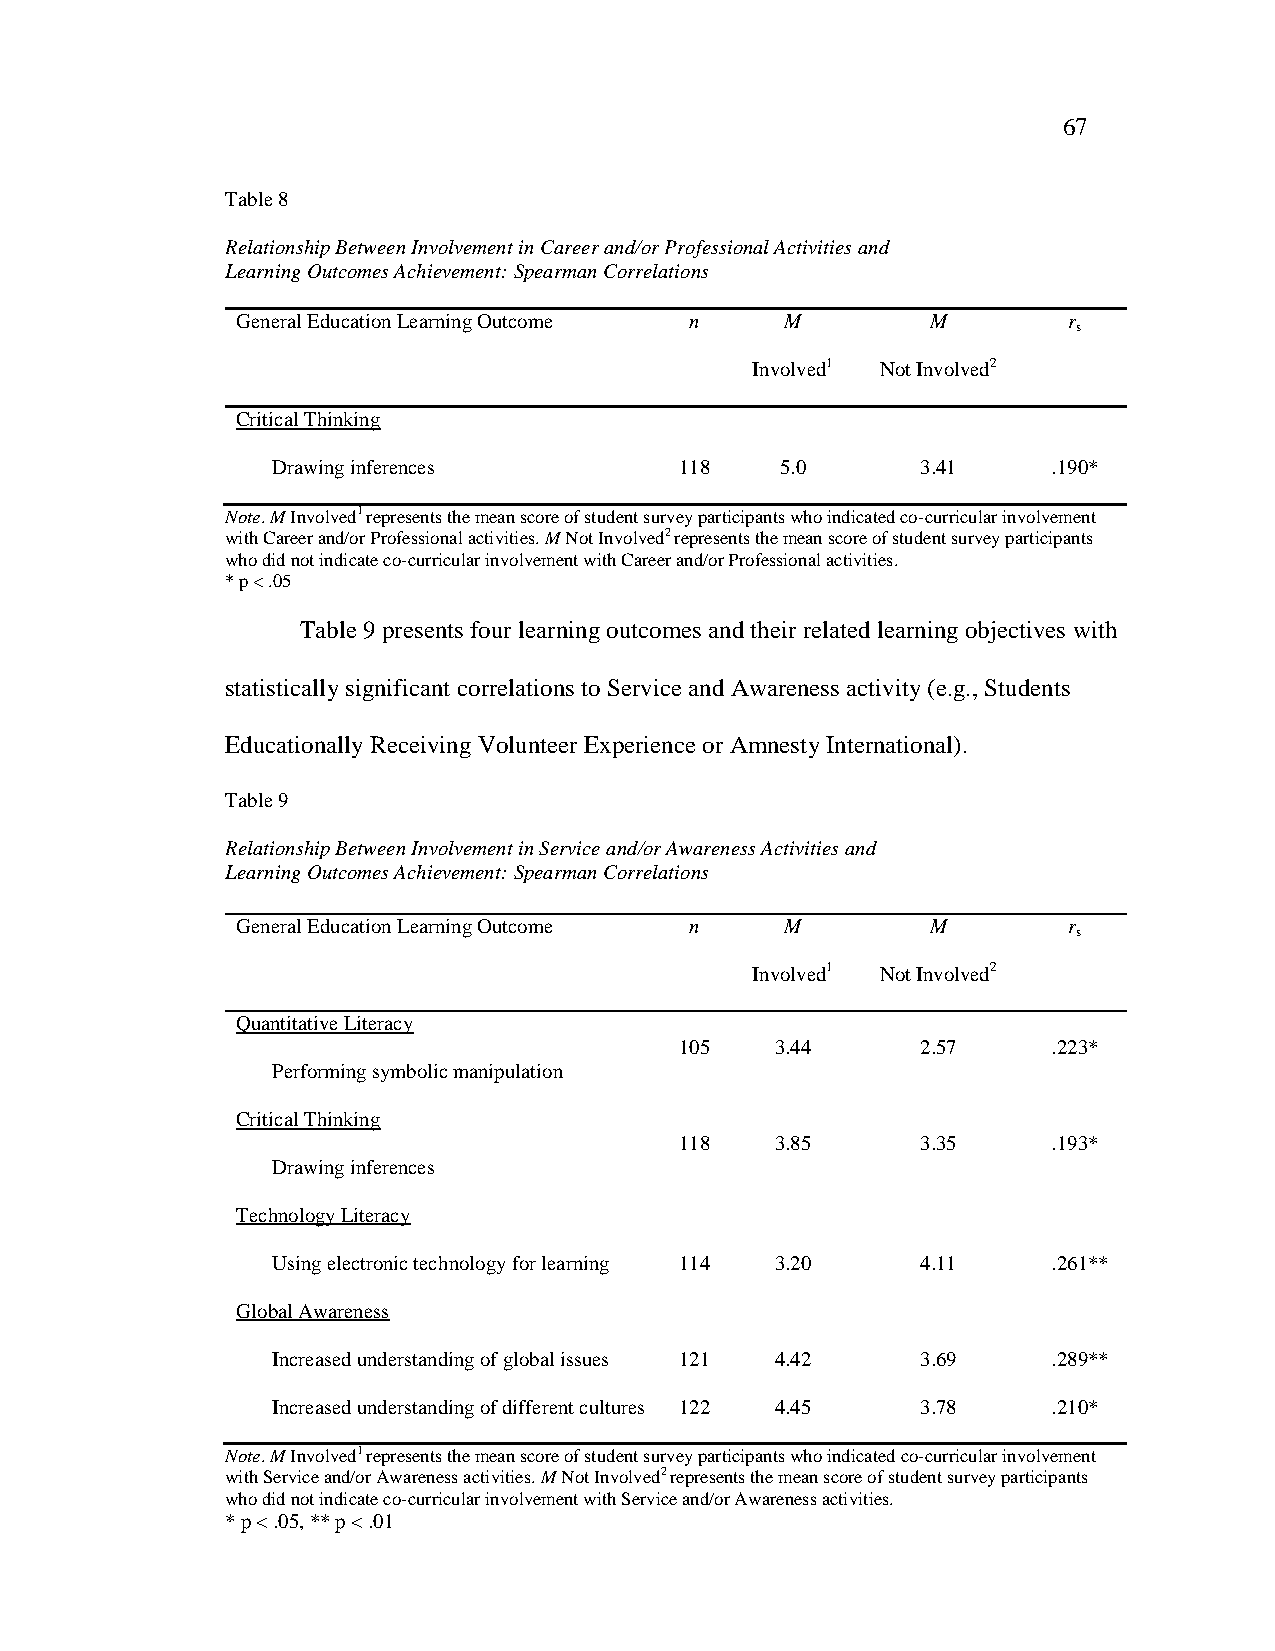
67
 Table 8
 Relationship Between Involvement in Career and/or Professional Activities and
 Learning Outcomes Achievement: Spearman Correlations
 General Education Learning Outcome n M        M        r
 s
 Involved1 Not Involved2
 Critical Thinking
 Drawing inferences         118    5.0      3.41     .190*
 Note. M Involved1 represents the mean score of student survey participants who indicated co-curricular involvement
 with Career and/or Professional activities. M Not Involved2 represents the mean score of student survey participants
 who did not indicate co-curricular involvement with Career and/or Professional activities.
 * p < .05
 Table 9 presents four learning outcomes and their related learning objectives with
 statistically significant correlations to Service and Awareness activity (e.g., Students
 Educationally Receiving Volunteer Experience or Amnesty International).
 Table 9
 Relationship Between Involvement in Service and/or Awareness Activities and
 Learning Outcomes Achievement: Spearman Correlations
 General Education Learning Outcome n M        M        r
 s
 Involved1 Not Involved2
 Quantitative Literacy
 105   3.44      2.57     .223*
 Performing symbolic manipulation
 Critical Thinking
 118   3.85      3.35     .193*
 Drawing inferences
 Technology Literacy
 Using electronic technology for learning 114 3.20 4.11 .261**
 Global Awareness
 Increased understanding of global issues 121 4.42 3.69 .289**
 Increased understanding of different cultures 122 4.45 3.78 .210*
 Note. M Involved1 represents the mean score of student survey participants who indicated co-curricular involvement
 with Service and/or Awareness activities. M Not Involved2 represents the mean score of student survey participants
 who did not indicate co-curricular involvement with Service and/or Awareness activities.
 * p < .05, ** p < .01